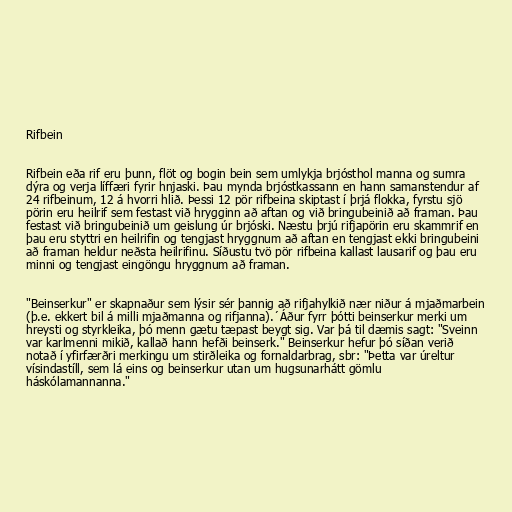
Rifbein

Rifbein eða rif eru þunn, flöt og bogin bein sem umlykja brjósthol manna og sumra
dýra og verja líffæri fyrir hnjaski. Þau mynda brjóstkassann en hann samanstendur af
24 rifbeinum, 12 á hvorri hlið. Þessi 12 pör rifbeina skiptast í þrjá flokka, fyrstu sjö
pörin eru heilrif sem festast við hrygginn að aftan og við bringubeinið að framan. Þau
festast við bringubeinið um geislung úr brjóski. Næstu þrjú rifjapörin eru skammrif en
þau eru styttri en heilrifin og tengjast hryggnum að aftan en tengjast ekki bringubeini
að framan heldur neðsta heilrifinu. Síðustu tvö pör rifbeina kallast lausarif og þau eru
minni og tengjast eingöngu hryggnum að framan.

"Beinserkur" er skapnaður sem lýsir sér þannig að rifjahylkið nær niður á mjaðmarbein
(þ.e. ekkert bil á milli mjaðmanna og rifjanna).´Áður fyrr þótti beinserkur merki um
hreysti og styrkleika, þó menn gætu tæpast beygt sig. Var þá til dæmis sagt: "Sveinn
var karlmenni mikið, kallað hann hefði beinserk." Beinserkur hefur þó síðan verið
notað í yfirfærðri merkingu um stirðleika og fornaldarbrag, sbr: "Þetta var úreltur
vísindastíll, sem lá eins og beinserkur utan um hugsunarhátt gömlu
háskólamannanna."